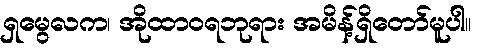
ရှမွေလက၊ အိုထာဝရဘုရား အမိန့်ရှိတော်မူပါ။